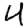
Digit: 4